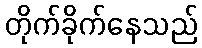
တိုက်ခိုက်နေသည်